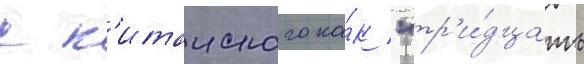
с к'итаиского ка́к "тр'и́дцать